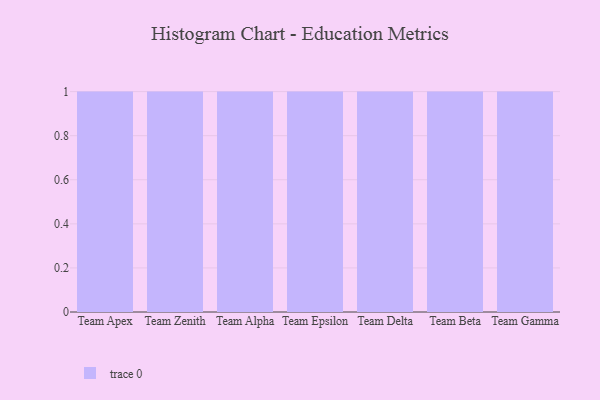
{"axis": {"x": "Team", "y": "Bounce Rate (%)"}, "legend": [""], "data": [{"x": "Team Apex", "y": 7, "type": ""}, {"x": "Team Zenith", "y": 36, "type": ""}, {"x": "Team Alpha", "y": 24, "type": ""}, {"x": "Team Epsilon", "y": 43, "type": ""}, {"x": "Team Delta", "y": 47, "type": ""}, {"x": "Team Beta", "y": 90, "type": ""}, {"x": "Team Gamma", "y": 93, "type": ""}]}